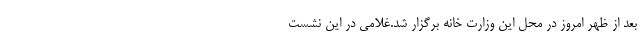
بعد از ظهر امروز در محل این وزارت خانه برگزار شد.غلامی در این نشست